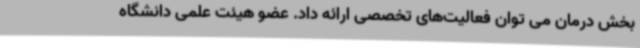
بخش درمان می توان فعالیت‌های تخصصی ارائه داد. عضو هیئت علمی دانشگاه